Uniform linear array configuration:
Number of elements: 48
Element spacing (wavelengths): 0.75
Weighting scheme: kaiser
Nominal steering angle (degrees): -15
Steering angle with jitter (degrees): -14.465
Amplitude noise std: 0.05
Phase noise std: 0.05

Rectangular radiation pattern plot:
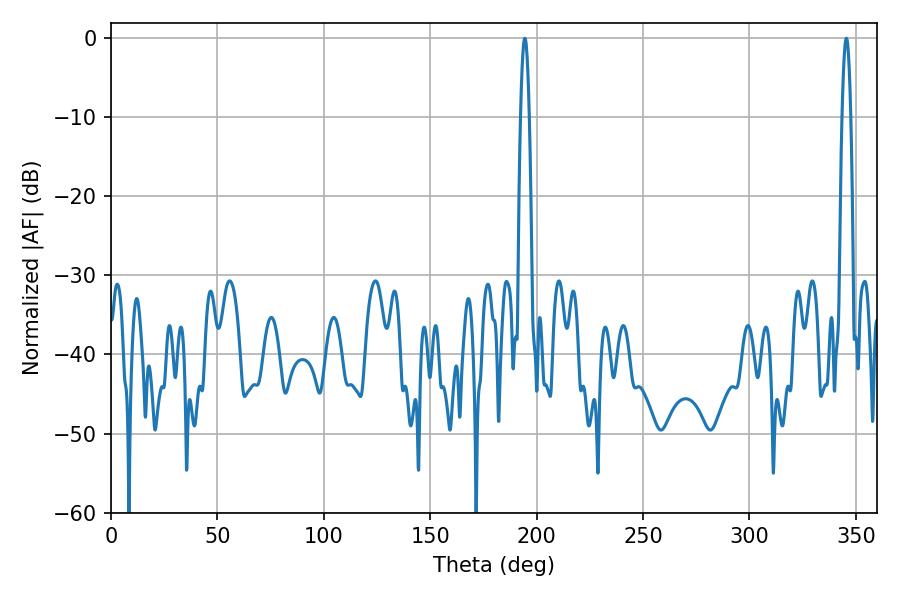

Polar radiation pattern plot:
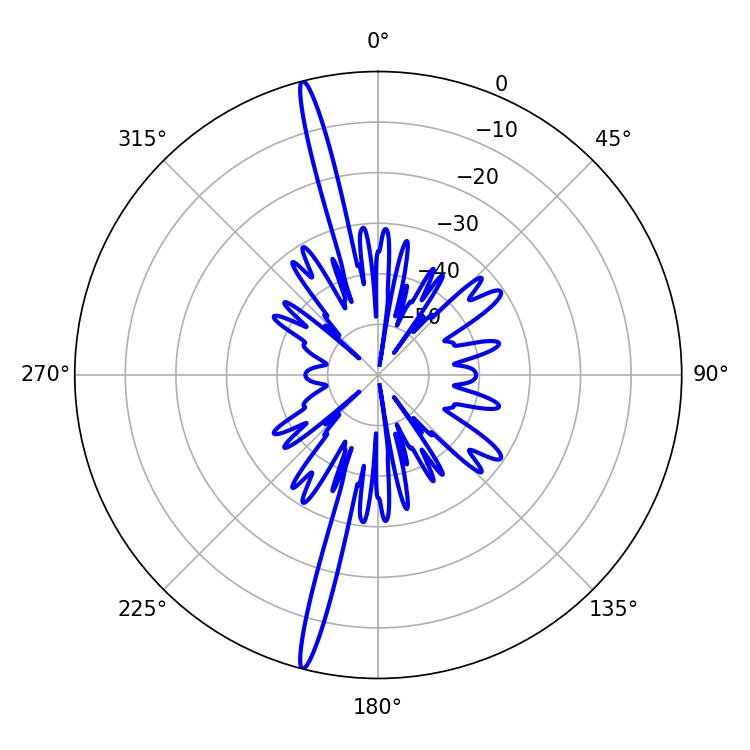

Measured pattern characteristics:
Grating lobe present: TRUE
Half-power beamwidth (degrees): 2.16
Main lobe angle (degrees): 194.4